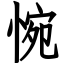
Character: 惋